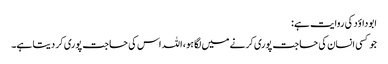
ابوداؤد کی روایت ہے:
جو کسی انسان کی حاجت پوری کرنے میں لگا ہو، اللہ اس کی حاجت پوری کر دیتا ہے۔